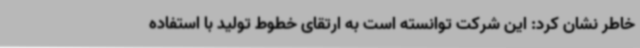
خاطر نشان کرد: این شرکت توانسته است به ارتقای خطوط تولید با استفاده